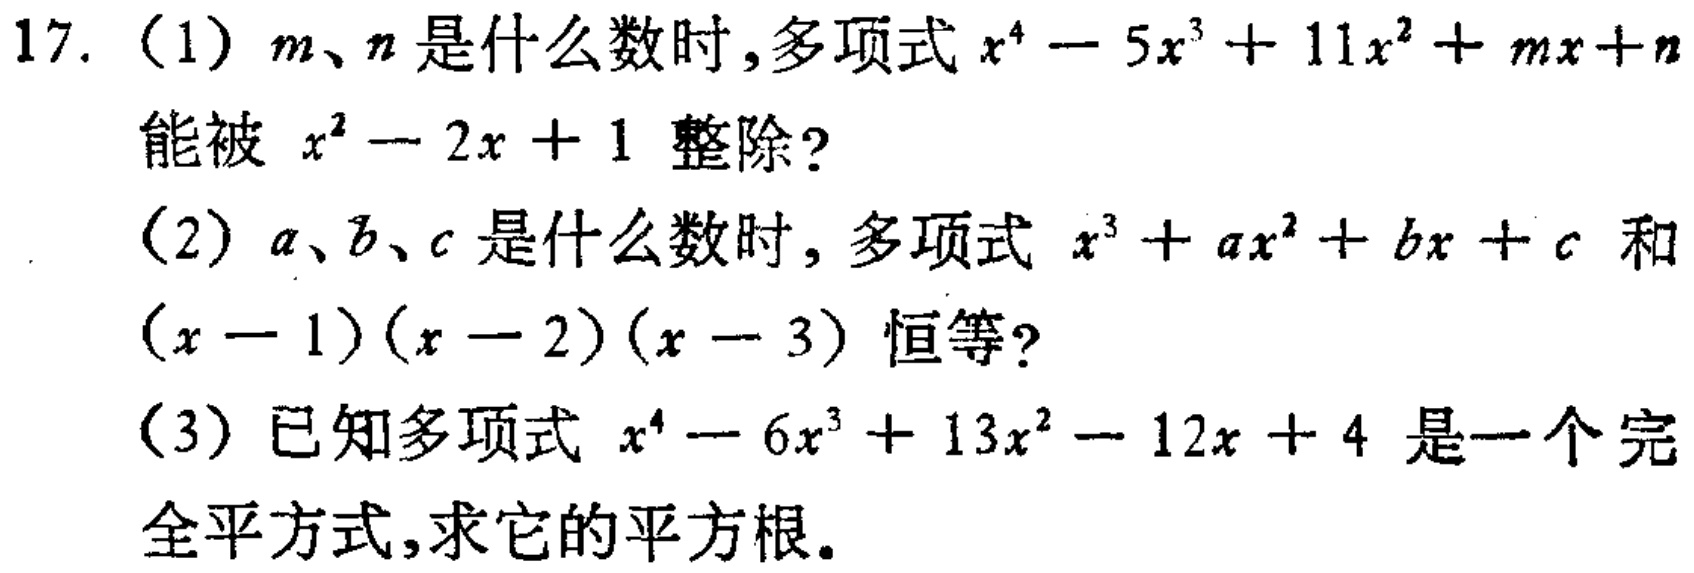
17. （1）$m、n$是什么数时，多项式$x^{4}-5x^{3}+11x^{2}+mx + n$
能被$x^{2}-2x + 1$整除？
（2）$a、b、c$是什么数时，多项式$x^{3}+ax^{2}+bx + c$和
$(x - 1)(x - 2)(x - 3)$恒等？
（3）已知多项式$x^{4}-6x^{3}+13x^{2}-12x + 4$是一个完
全平方式，求它的平方根。